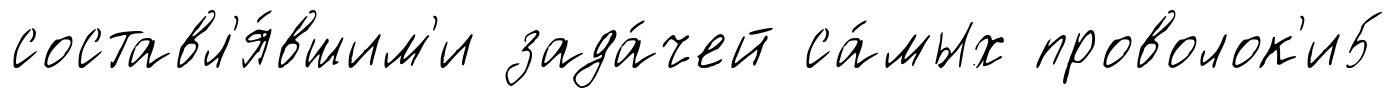
составл'я́вшим'и зада́чей са́мых проволок'и5